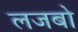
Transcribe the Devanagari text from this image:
लजबो